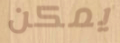
يمكن